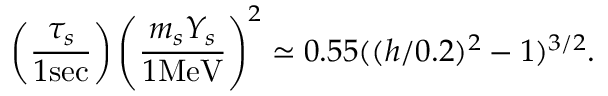
\left( \frac { \tau _ { s } } { 1 \mathrm { s e c } } \right) \left( \frac { m _ { s } Y _ { s } } { 1 \mathrm { M e V } } \right) ^ { 2 } \simeq 0 . 5 5 ( ( h / 0 . 2 ) ^ { 2 } - 1 ) ^ { 3 / 2 } .